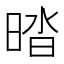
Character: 𰖔